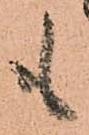
も